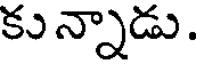
కు న్నాడు.